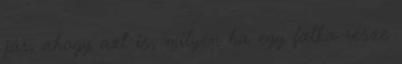
jár, ahogy azt is, milyen ha egy falka része